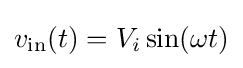
v_{\text{in}}(t)=V_{i}\sin(\omega t)